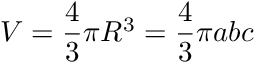
V = \frac { 4 } { 3 } \pi R ^ { 3 } = \frac { 4 } { 3 } \pi a b c